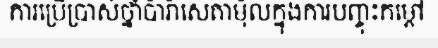
ការប្រើប្រាស់ថ្នាំប៉ារ៉ាសេតាម៉ុលក្នុងការបញ្ចុះកម្តៅ